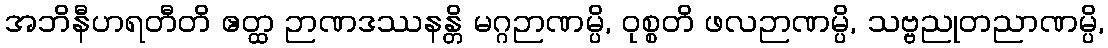
အဘိနီဟရတီတိ ဧတ္ထ ဉာဏဒဿနန္တိ မဂ္ဂဉာဏမ္ပိ, ဝုစ္စတိ ဖလဉာဏမ္ပိ, သဗ္ဗညုတညာဏမ္ပိ,